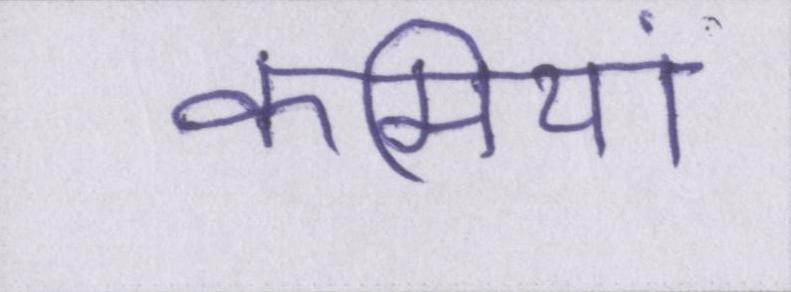
कमियां